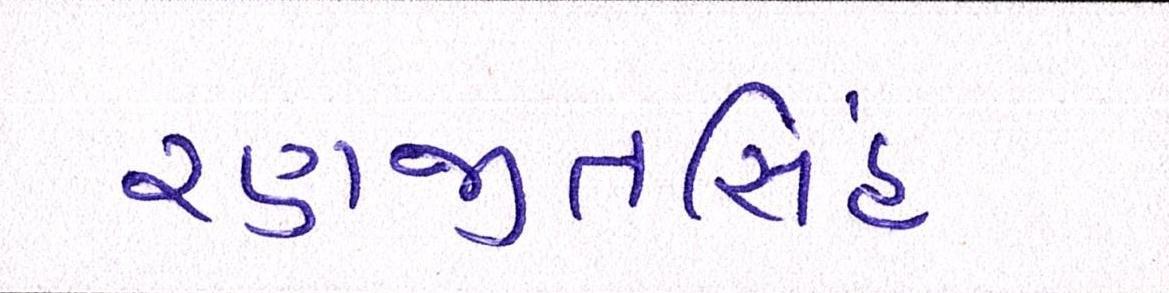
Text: રણજીતસિંહ